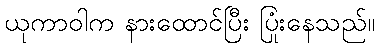
ယုကာဝါက နားထောင်ပြီး ပြုံးနေသည်။